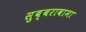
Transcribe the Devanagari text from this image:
सुब्बरावामा